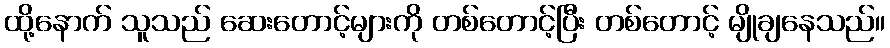
ထို့နောက် သူသည် ဆေးတောင့်များကို တစ်တောင့်ပြီး တစ်တောင့် မျိုချနေသည်။